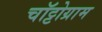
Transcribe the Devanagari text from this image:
चॉट्टोग्राम